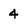
Character: 4